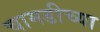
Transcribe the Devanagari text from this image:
चामडीच्या